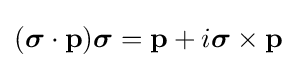
({\boldsymbol {\sigma }}\cdot \mathbf {p} ){\boldsymbol {\sigma }}=\mathbf {p} +i{\boldsymbol {\sigma }}\times \mathbf {p}